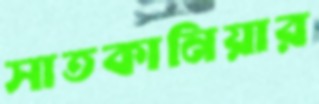
সাতকানিয়ার